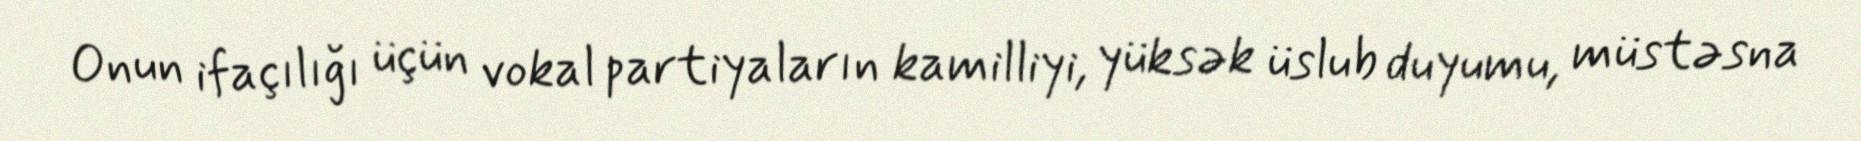
Onun ifaçılığı üçün vokal partiyaların kamilliyi, yüksək üslub duyumu, müstəsna